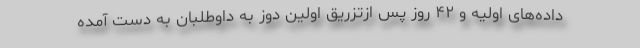
داده‌های اولیه و ۴۲ روز پس ازتزریق اولین دوز به داوطلبان به دست آمده